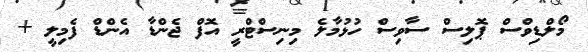
މޯލްޑިވްސް ޕޮލިސް ސާވިސް ހުޅުމާލެ މިނިސްޓްރީ އޮފް ޖެންޑާ އެންޑް ފެމިލީ +